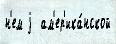
н'ем j  ам'ер'ика́нской